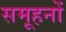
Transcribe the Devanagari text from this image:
समूहनों